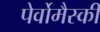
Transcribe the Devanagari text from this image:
पेर्वोमैस्की